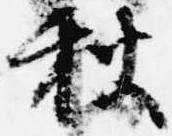
秋